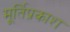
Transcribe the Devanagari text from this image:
मूर्तिप्रकाश